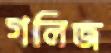
গলিজ